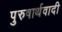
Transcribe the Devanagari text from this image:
पुरुषार्थवादी